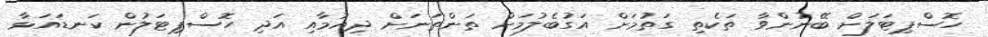
ހޮސްޕިޓަލަށް ބޭނުންވާ ތަކެތި ގަތުމަށް އަގުބެލުމަށް ތަންތަނަށް ދިއުމާއި އަދި ހޮސްޕިޓަލުން ކަނޑައަޅާ